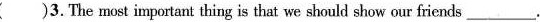
( )3.The most important thing is that we should show our friends ___ .